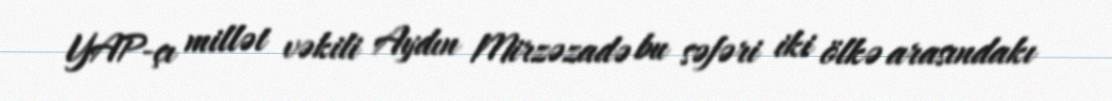
YAP-çı millət vəkili Aydın Mirzəzadə bu səfəri iki ölkə arasındakı